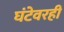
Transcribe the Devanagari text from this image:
घंटेवरही